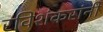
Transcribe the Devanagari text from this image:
रविशंकरांनी